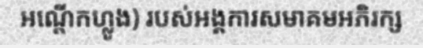
អណ្តើកហ្លូង) របស់អង្គការសមាគមអភិរក្ស